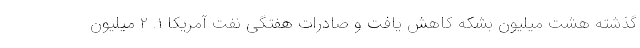
گذشته هشت میلیون بشکه کاهش یافت و صادرات هفتگی نفت آمریکا ۱. ۲ میلیون